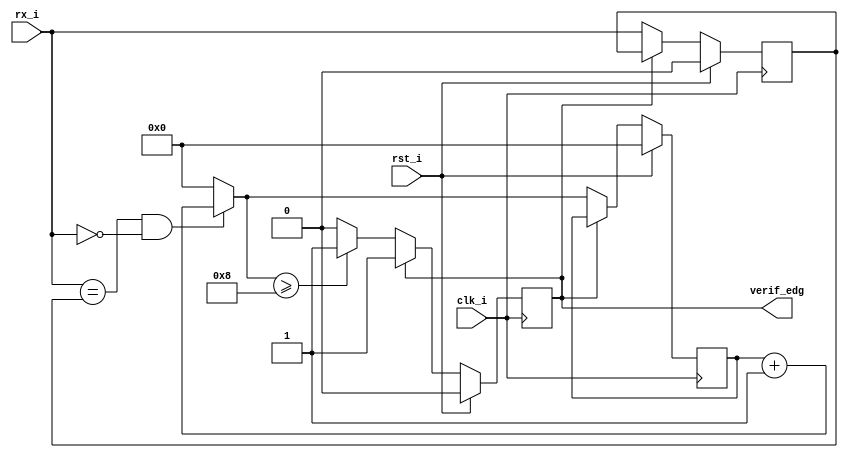
`timescale 1ns / 1ps

module det_start(
    input rx_i,
    input clk_i,
    input rst_i,
    output verif_edg
    );
           
    reg [4:0] count;
    reg rx_ant;
    reg verif_edg_aux;
    assign verif_edg = verif_edg_aux; 
    
    always @(posedge clk_i) begin
        if(rst_i) begin
            rx_ant        = 0;
            count         = 0;
            verif_edg_aux = 0;
        end else begin
            if (!verif_edg_aux) begin
                rx_ant <= rx_i;
                count = ((rx_i == rx_ant) && (rx_i == 0)) ? (count+1) : 0;
                verif_edg_aux = (count >= 8) ? 1 : 0;
            end
        end
    end
endmodule